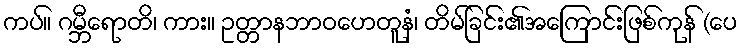
ကပ်။ ဂမ္ဘီရောတိ၊ ကား။ ဥတ္တာနဘာဝဟေတူနံ၊ တိမ်ခြင်း၏အကြောင်းဖြစ်ကုန် (ပေ